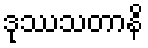
ဒုဿသတာနိ